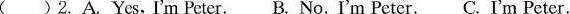
( )2.A. Yes,I'm Peter. B. No. I'm Peter.C. I'm Peter.